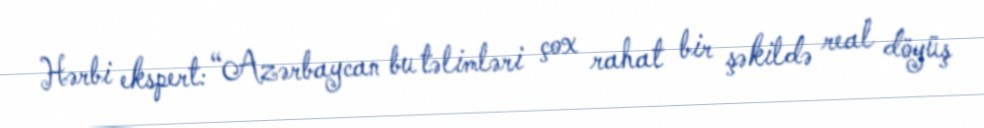
Hərbi ekspert: “Azərbaycan bu təlimləri çox rahat bir şəkildə real döyüş